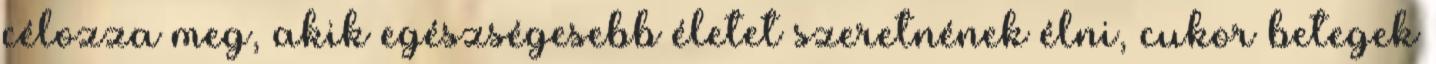
célozza meg, akik egészségesebb életet szeretnének élni, cukor betegek